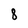
Character: 8